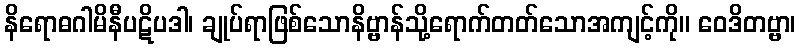
နိရောဓဂါမိနီပဋိပဒါ၊ ချုပ်ရာဖြစ်သောနိဗ္ဗာန်သို့ရောက်တတ်သောအကျင့်ကို။ ဝေဒိတဗ္ဗာ၊